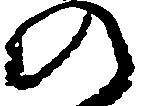
の